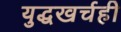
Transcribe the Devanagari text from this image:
युद्धखर्चही